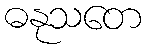
ဓနုသတေ